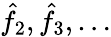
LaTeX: \hat{f}_{2},\hat{f}_{3},\ldots